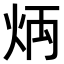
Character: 𤈃